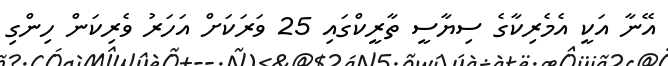
އޭނާ އަކީ އެމެރިކާގެ ސިޔާސީ ތާރީކްގައި 25 ވަރަކަށް އަހަރު ވެރިކަން ހިންގި